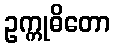
ဥက္ကုဓိတော